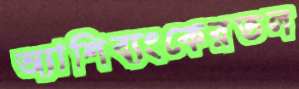
অ্যাশিব্যংকেরতল